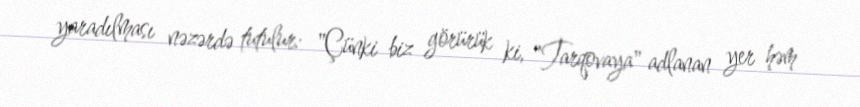
yaradılması nəzərdə tutulur: "Çünki biz görürük ki, "Tarqovaya" adlanan yer həm